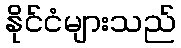
နိုင်ငံများသည်